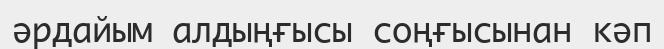
әрдайым алдыңғысы соңғысынан кәп